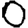
Digit: 0